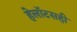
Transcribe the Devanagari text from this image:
हेलॉटसही